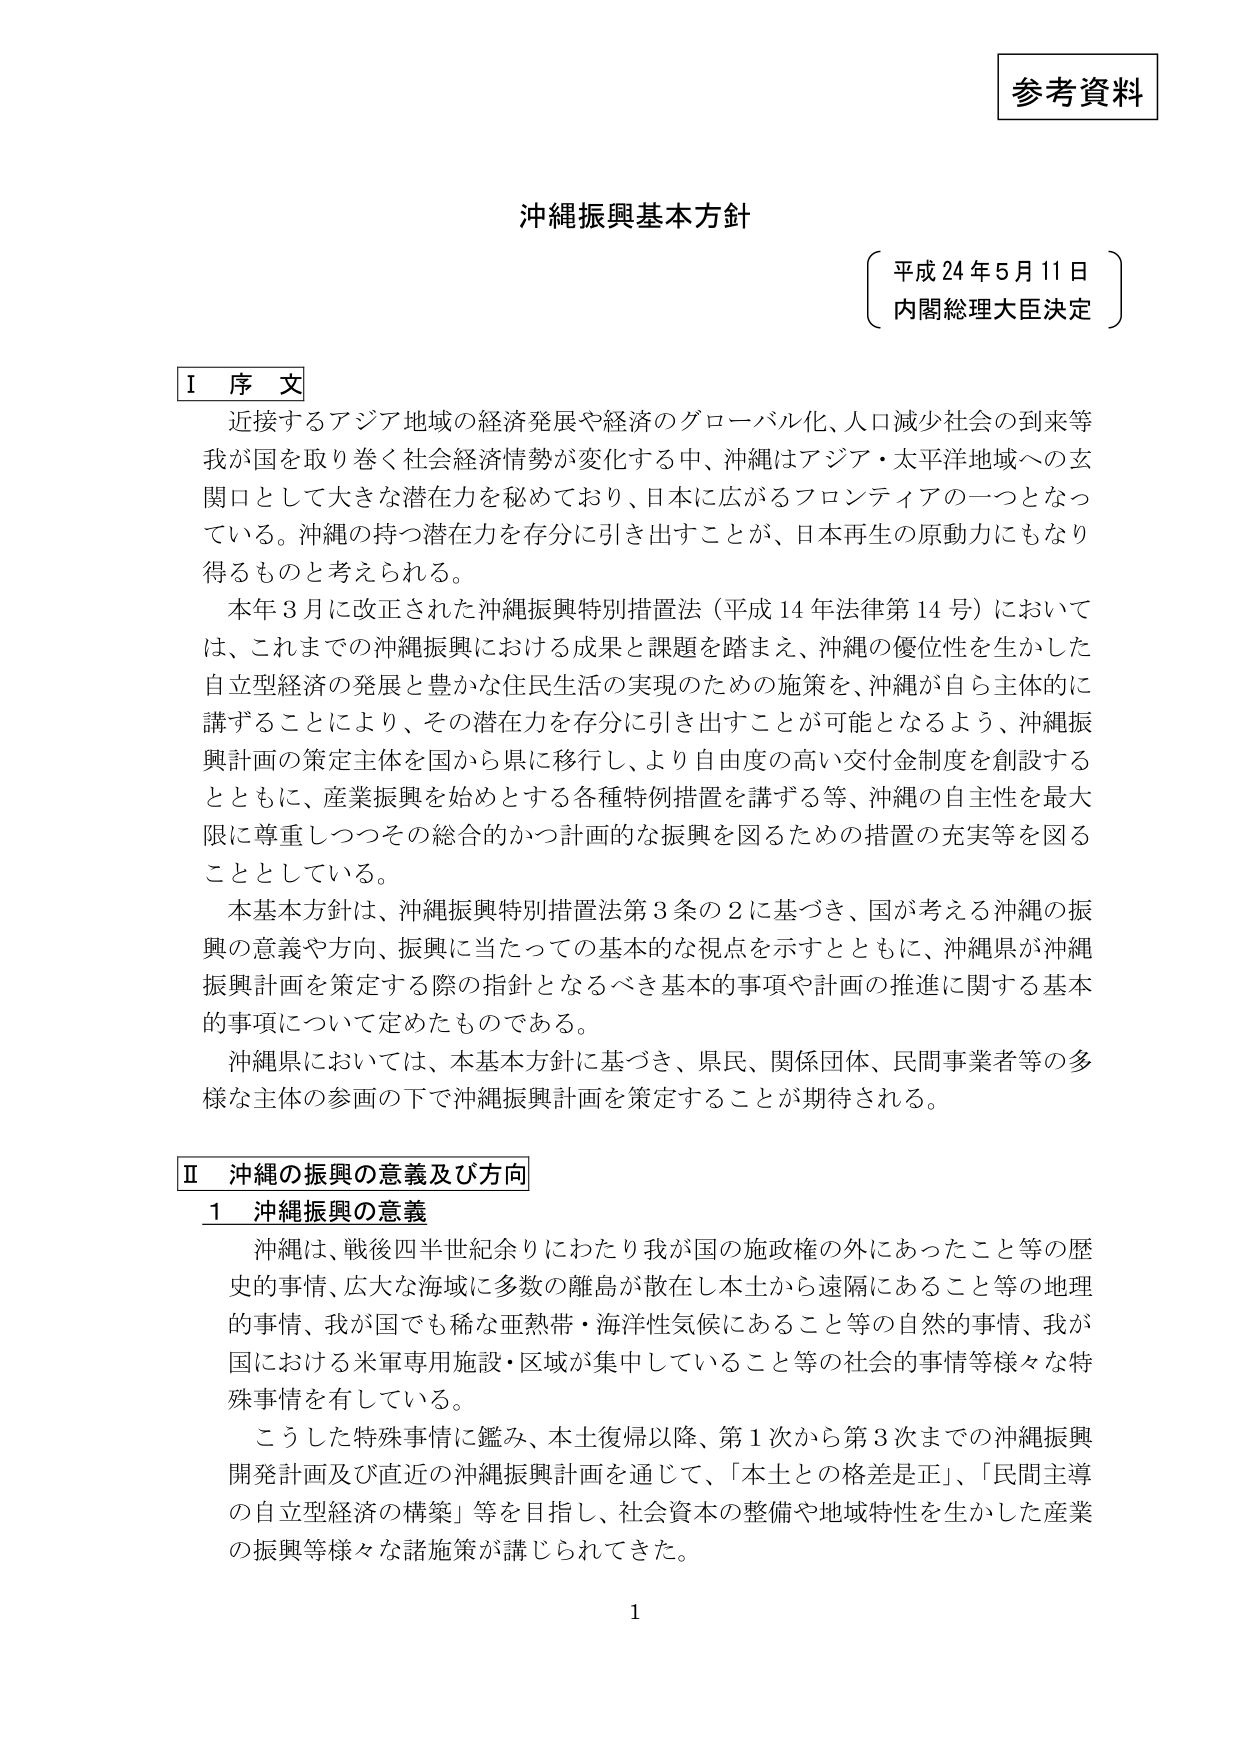
参考資料

沖縄振興基本方針

（平成24年5月11日
内閣総理大臣決定）

Ⅰ 序文

近接するアジア地域の経済発展や経済のグローバル化、人口減少社会の到来等、我が国を取り巻く社会経済情勢が変化する中、沖縄はアジア・太平洋地域への玄関口として大きな潜在力を秘めており、日本に広がるフロンティアの一つとなっている。沖縄の持つ潜在力を存分に引き出すことが、日本再生の原動力にもなり得るものと考えられる。

本年3月に改正された沖縄振興特別措置法（平成14年法律第14号）においては、これまでの沖縄振興における成果と課題を踏まえ、沖縄の優位性を生かした自立型経済の発展と豊かな住民生活の実現のための施策を、沖縄が自ら主体的に講ずることにより、その潜在力を存分に引き出すことが可能となるよう、沖縄振興計画の策定主体を国から県に移行し、より自由度の高い交付金制度を創設するとともに、産業振興を始めとする各種特例措置を講ずる等、沖縄の自主性を最大限に尊重しつつその総合的かつ計画的な振興を図るための措置の充実等を図ることとしている。

本基本方針は、沖縄振興特別措置法第3条の2に基づき、国が考える沖縄の振興の意義や方向、振興に当たっての基本的な視点を示すとともに、沖縄県が沖縄振興計画を策定する際の指針となるべき基本的事項や計画の推進に関する基本的事項について定めたものである。

沖縄県においては、本基本方針に基づき、県民、関係団体、民間事業者等の多様な主体の参画の下で沖縄振興計画を策定することが期待される。

Ⅱ 沖縄の振興の意義及び方向

1 沖縄振興の意義

沖縄は、戦後四半世紀余りにわたり我が国の施政権の外にあったこと等の歴史的事情、広大な海域に多数の離島が散在し本土から遠隔にあること等の地理的事情、我が国でも稀な亜熱帯・海洋性気候にあること等の自然的事情、我が国における米軍専用施設・区域が集中していること等の社会的事情等様々な特殊事情を有している。

こうした特殊事情に鑑み、本土復帰以降、第1次から第3次までの沖縄振興開発計画及び直近の沖縄振興計画を通じて、「本土との格差是正」、「民間主導の自立型経済の構築」等を目指し、社会資本の整備や地域特性を生かした産業の振興等様々な諸施策が講じられてきた。

1